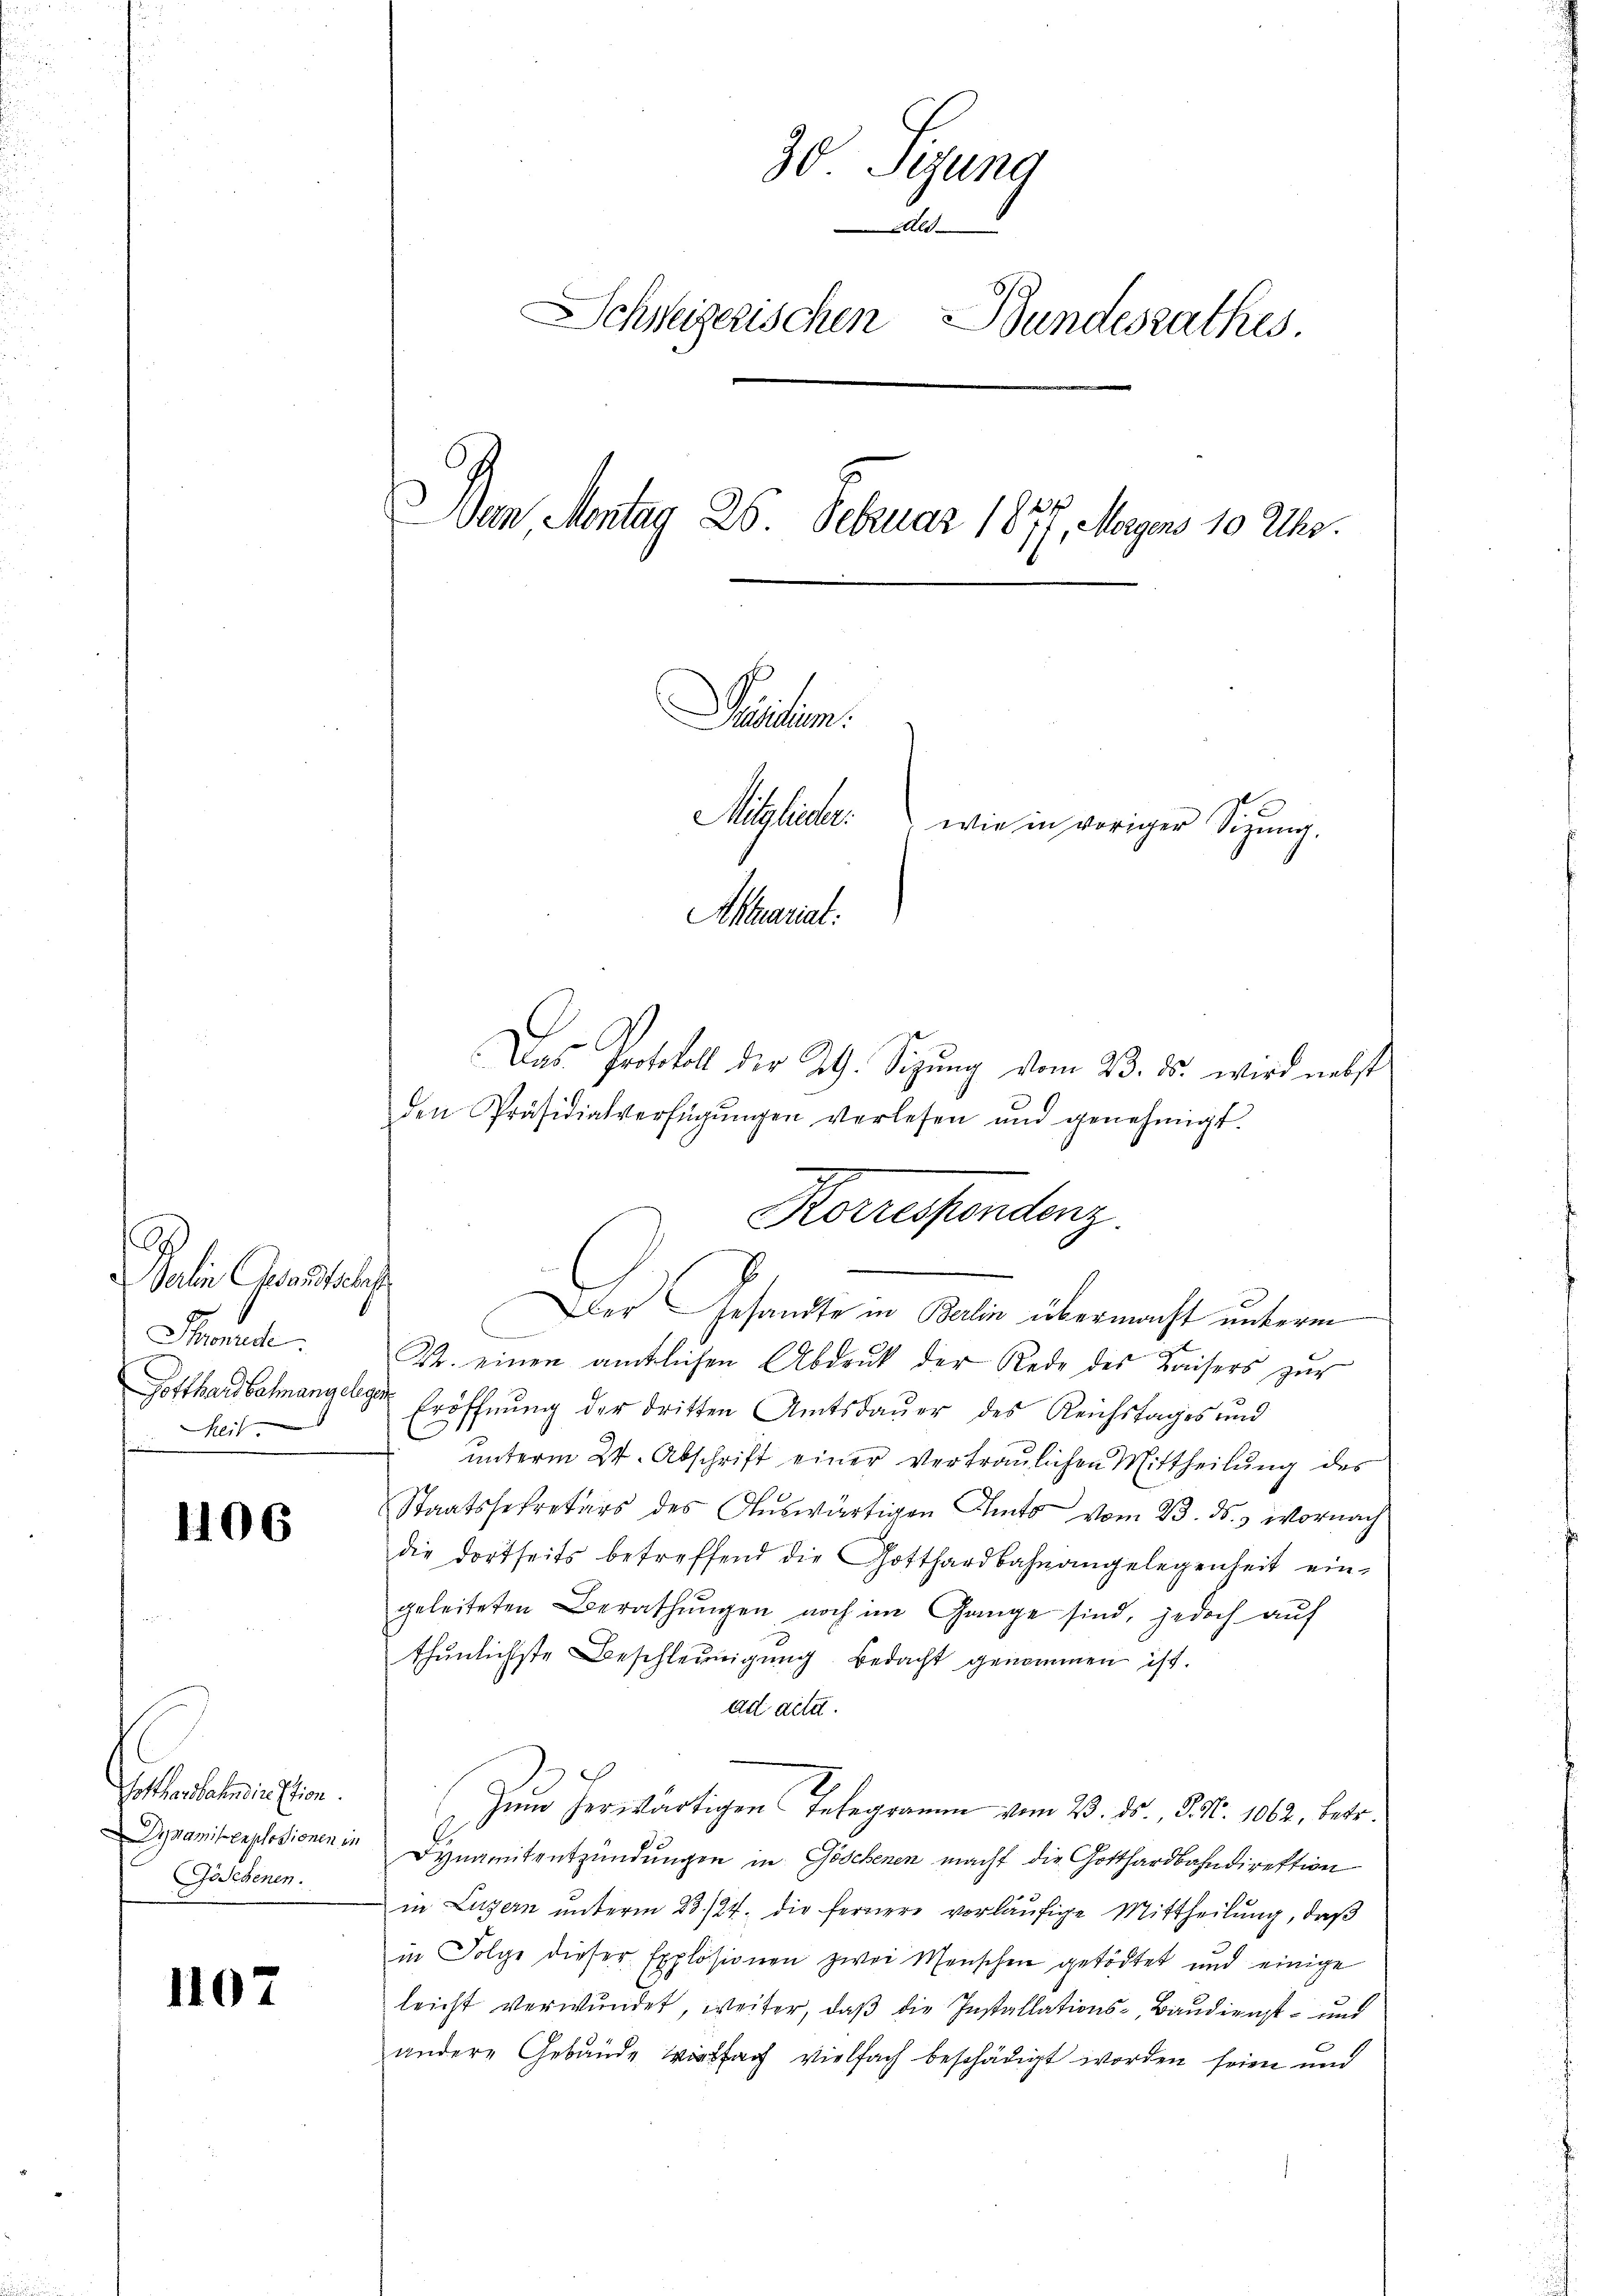
A
Oerlin Gesandtschaft
Thonnde:
Gotthardbahnangelege
kli

1106

Gotkartemention.
Gosebenen.

1107

Das Protokoll der RG. Sigŭng vom 23. ds. wird nebst
den Präsidialverfügŭngen verlesen und genehmigt.
Zt. einen amtlichen Abdruk der Rede des Kaisers zur
Eröffnung der dritten Amtsdauer des Reichstages und
ŭnterm 24. Abschrift einer vertraulichen Mittheilŭng des
Staatssekretärs des Aŭswärtigen Amts vom 23. ds., wornach
die dortseits betreffend die Gotthardbahnangelegenheit ein-
geleiteten Berathŭngen noch im Gange sind, jedoch auf
thunlichste Beschleunigung bedacht genommen ist.
ad acta.
Zum herwärtigen Telegramm vom 23. 25. §. 56. 1862, betr.
Dynamibenslosionen in Dynamit entzündungen in Göschenen macht die Gotthardbahndirektion
in Luzern unterm 23./24. die fernere vorläufige Mittheilung, daß
in Folge dieser Explosionen zwei Menschen getödtet und einige
leicht verwundet, weiter, daß die Installations- Baudienst- und
andere Gebäude verfach vielfach beschädigt worden seien und

30 Sigung
Ald
Schweizerischen Bundesrathes
Dem Montag 25. Februar 1877. May 1820.
Paten.
Mitglieder.
wie in voriger Sitzung.
Aktuariat.

Korressendenz.
Der Gesandte in Berlin übermacht unterm